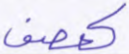
كعصف